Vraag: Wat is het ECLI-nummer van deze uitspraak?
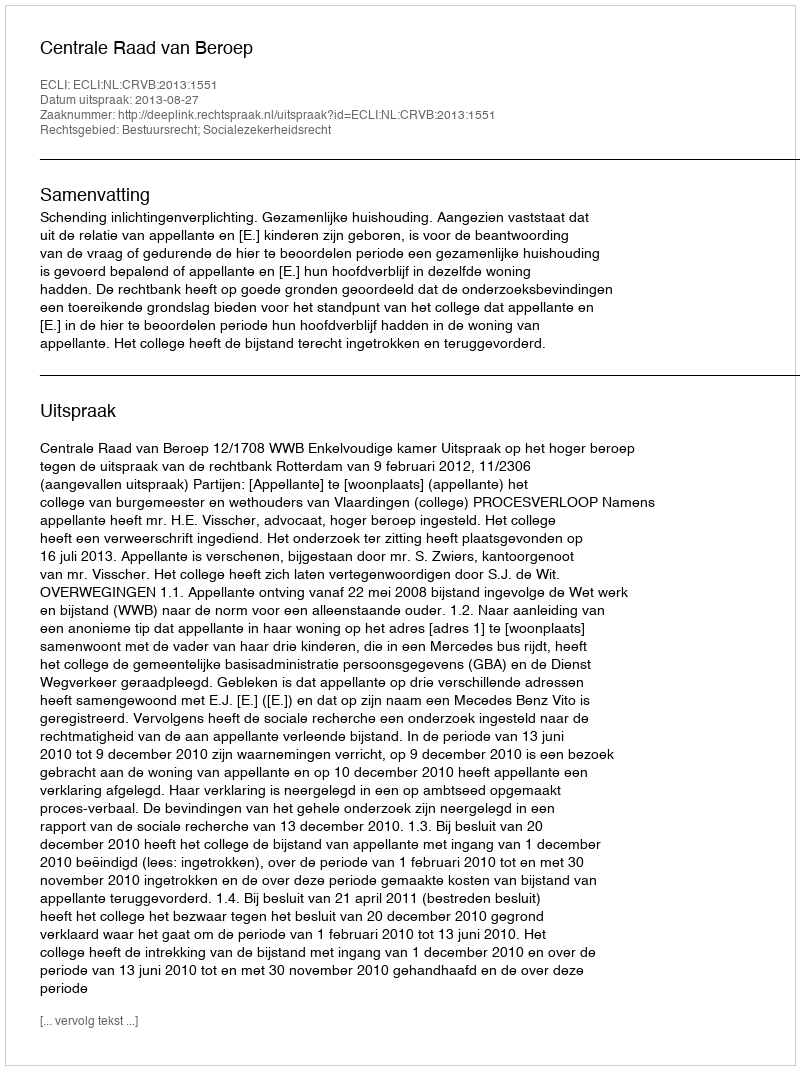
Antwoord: ECLI:NL:CRVB:2013:1551